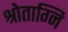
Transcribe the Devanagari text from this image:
श्रोताग्नि